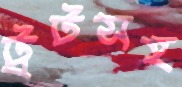
ট্রটসহ